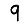
Digit: 9